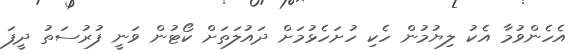
އެހެންވުމާ އެކު ލިޔުމުން ހެކި ހުށަހެޅުމަށް ދައުލަތަށް ކޯޓުން ވަނީ ފުރުސަތު ދީފަ